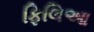
ફિલિઆ